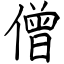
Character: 僧